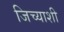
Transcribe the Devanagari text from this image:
जिच्याशी